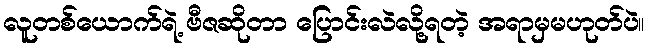
လူတစ်ယောက်ရဲ့ ဗီဇဆိုတာ ပြောင်းလဲလို့ရတဲ့ အရာမှမဟုတ်ပဲ။